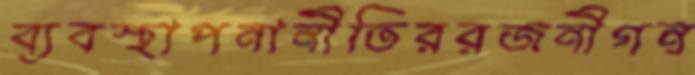
ব্যবস্থাপনানীতিররজনীগন্